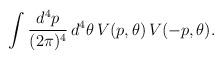
LaTeX: \begin{align*}\int \frac{d^4p}{(2\pi)^4}\,d^4\theta\,V(p,\theta)\,V(-p,\theta).\end{align*}